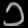
Digit: ၁